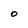
Character: O